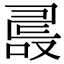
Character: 𠭵